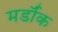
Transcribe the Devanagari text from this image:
मर्डॉक